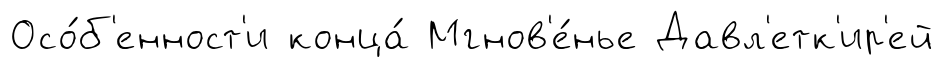
Осо́б'енност'и конца́ Мгнов'е́нье Давл'етк'ир'ей